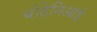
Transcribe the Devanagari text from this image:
बोहेमिआई